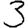
Digit: 3